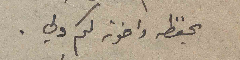
يحفظه واخوته لكم ولي.